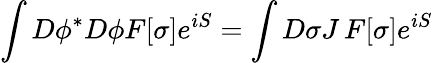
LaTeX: \int D\phi^{*}D\phi F[\sigma]e^{iS}=\int D\sigma J\, F[\sigma]e^{iS}